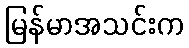
မြန်မာအသင်းက